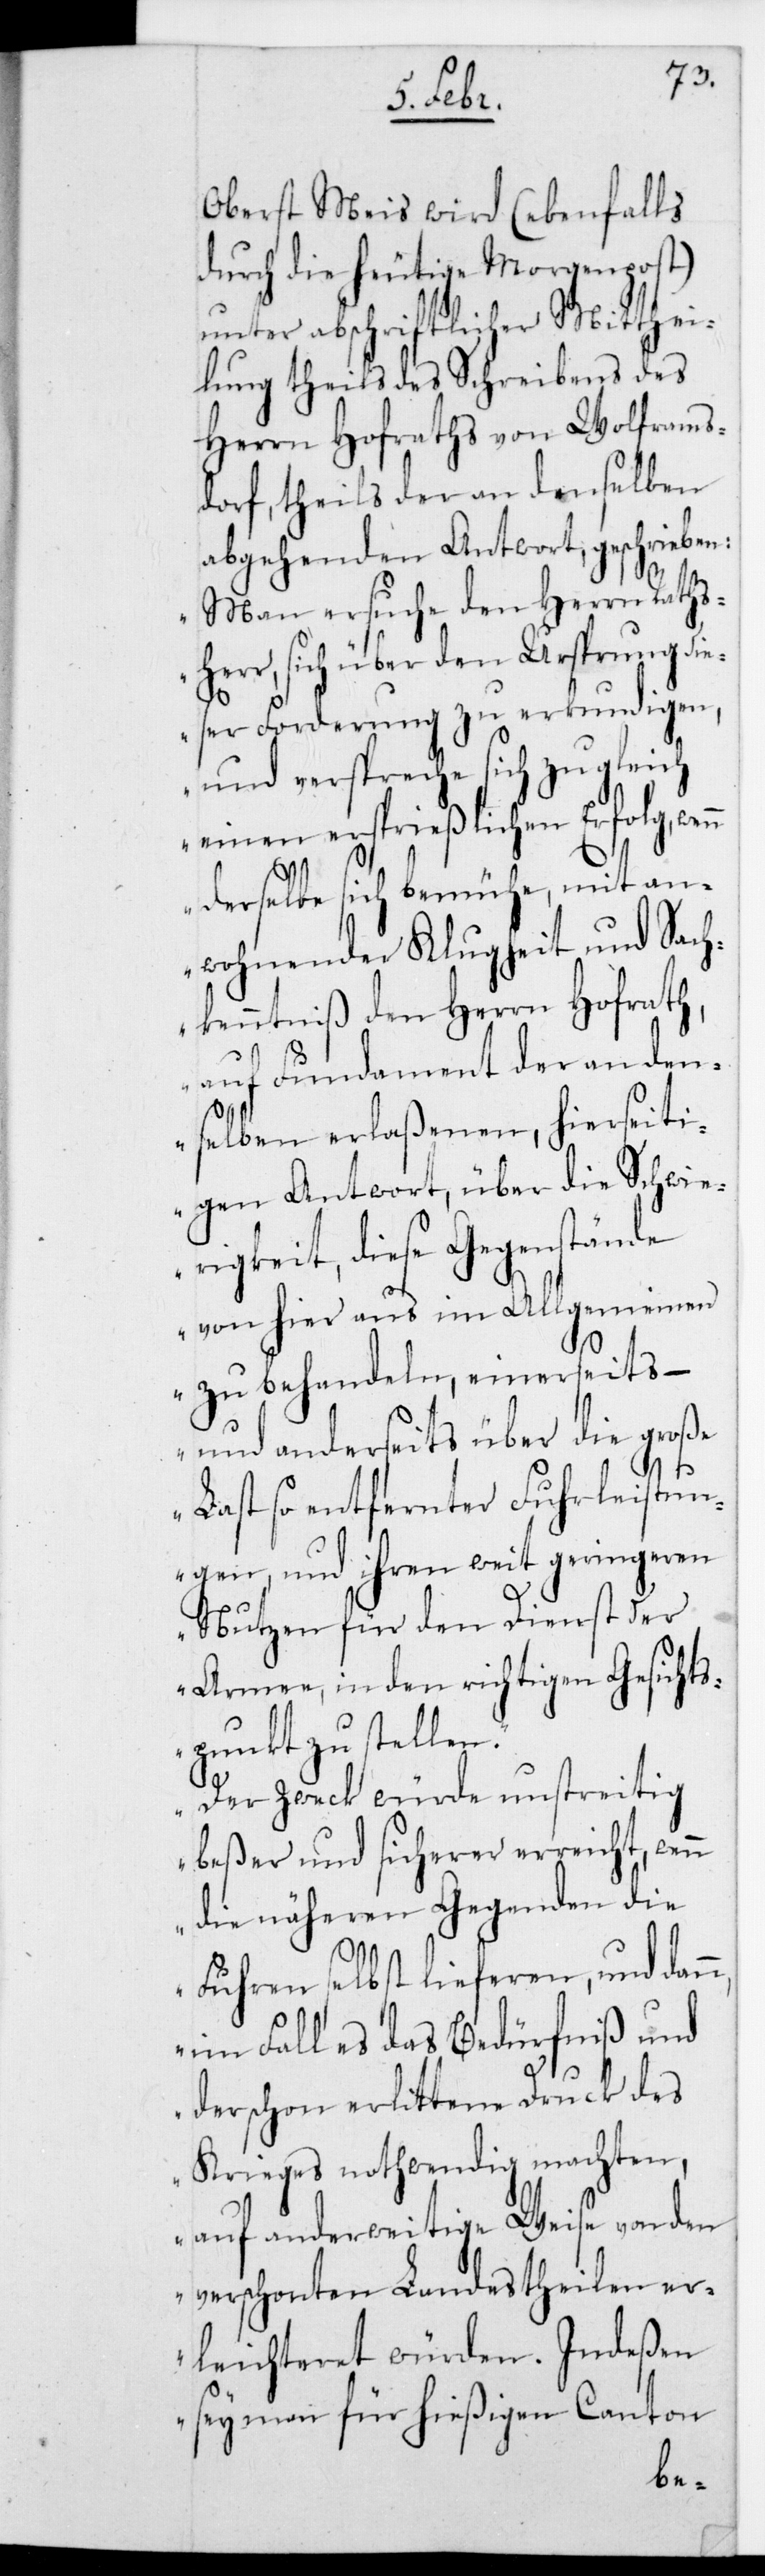
Oberst Meis wird (ebenfalls
durch die heutige Morgenpost)
unter abschriftlicher Mitthei¬
lung theils des Schreibens des
Herrn Hofraths von Wolframs¬
ff, theils der an denselben
abgehenden Antwort geschrieben:
„Man ersuche den Herrn Raths¬
herr, sich über den Ursprung di¬
eser Forderung zu erkundigen,
und verspreche sich zugleich
einen ersprießlichen Erfolg, wenn
derselbe sich bemühe, mit an¬
wohnender Klugheit und Sach¬
kenntniß den Herrn Hofrath,
auf Fundament der an den¬
selben erlaßenen hierseiti¬
gen Antwort, über die Schwie¬
rigkeit, diese Gegenstände
von hier aus im Allgemeinen
zu behandeln einerseits, –
und anderseits über die große
Last so entfernter Fuhrleistun¬
gen, und ihren weit geringeren
Nutzen für den Dienst der
Armee, in den richtigen Gesichts¬
punkt zu stellen.
Der Zweck würde unstreitig
beßer und sicherer erreicht, wen¬
n die näheren Gegenden die
Fuhren selbst lieferen, und dan¬
n, im Fall es das Bedürfniß und
der schon erlittene Druck des
Krieges nothwendig machten,
auf anderweitige Weise von den
verschonten Landestheilen er¬
leichteret würden. Indeßen
sey man für hießigen Canton
dor¬